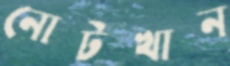
নোটখান